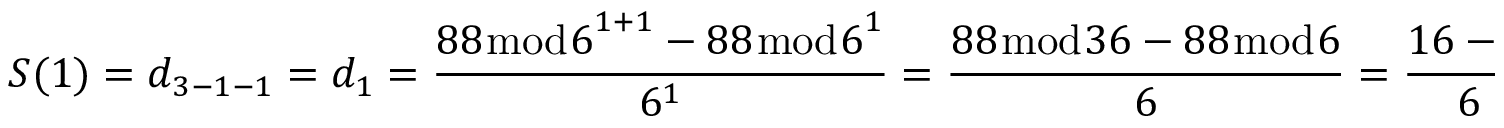
S ( 1 ) = d _ { 3 - 1 - 1 } = d _ { 1 } = { \frac { 8 8 { \bmod { 6 } } ^ { 1 + 1 } - 8 8 { \bmod { 6 } } ^ { 1 } } { 6 ^ { 1 } } } = { \frac { 8 8 { \bmod { 3 } } 6 - 8 8 { \bmod { 6 } } } { 6 } } = { \frac { 1 6 - 4 } { 6 } } = { \frac { 1 2 } { 6 } } = 2